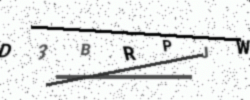
Text: D3BRPJW